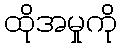
ထိုအမှုကို